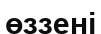
өззені